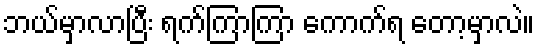
ဘယ်မှာလာပြီး ရက်ကြာကြာ ကောက်ရ တော့မှာလဲ။